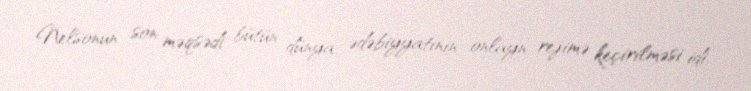
Nelsonun son məqsədi bütün dünya ədəbiyyatının onlayn rejimə keçirilməsi idi.